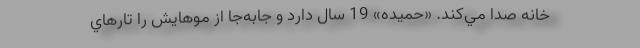
خانه صدا مي‌كند. «حميده» 19 سال دارد و جابه‌جا از موهايش را تارهاي